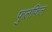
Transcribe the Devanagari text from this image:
फुलफिल